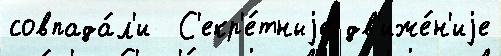
совпада́л'и  С'екр'е́тныjе дв'иже́н'иjе